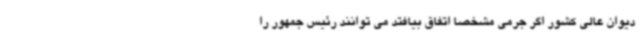
دیوان عالی کشور اگر جرمی مشخصا اتفاق بیافتد می توانند رئیس جمهور را